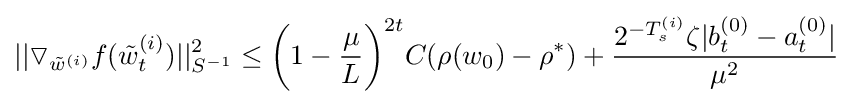
||\triangledown _{{\tilde {w}}^{(i)}}f({\tilde {w}}_{t}^{(i)})||_{S^{-1}}^{2}\leq {\bigg (}1-{\frac {\mu }{L}}{\bigg )}^{2t}C(\rho (w_{0})-\rho ^{*})+{\frac {2^{-T_{s}^{(i)}}\zeta |b_{t}^{(0)}-a_{t}^{(0)}|}{\mu ^{2}}}